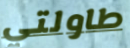
طاولتي